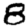
Digit: 8